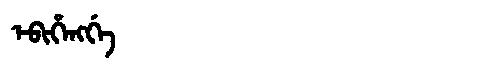
Manchu: ᡝᠪᡳᡥᡝᠩᡤᡝ
Romanization: EBIHENGGE